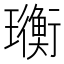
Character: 𤫄